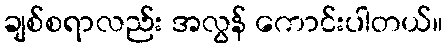
ချစ်စရာလည်း အလွန် ကောင်းပါတယ်။